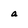
Character: a